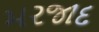
મરજાદ